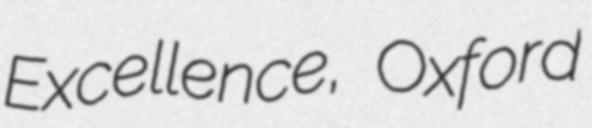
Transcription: Excellence, Oxford